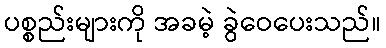
ပစ္စည်းများကို အခမဲ့ ခွဲဝေပေးသည်။